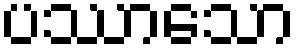
ပဿာသော